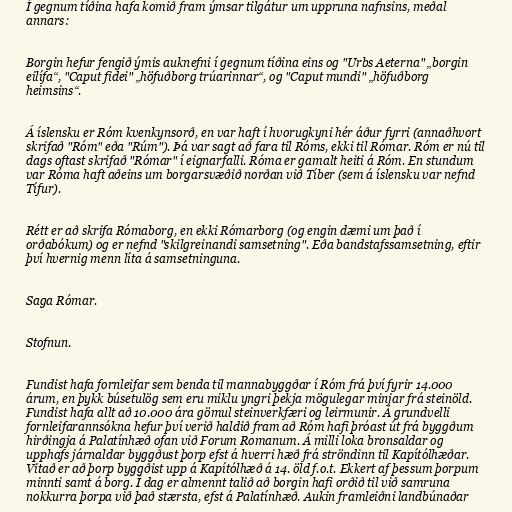
Í gegnum tíðina hafa komið fram ýmsar tilgátur um uppruna nafnsins, meðal
annars:

Borgin hefur fengið ýmis auknefni í gegnum tíðina eins og "Urbs Aeterna" „borgin
eilífa“, "Caput fidei" „höfuðborg trúarinnar“, og "Caput mundi" „höfuðborg
heimsins“.

Á íslensku er Róm kvenkynsorð, en var haft í hvorugkyni hér áður fyrri (annaðhvort
skrifað "Róm" eða "Rúm"). Þá var sagt að fara til Róms, ekki til Rómar. Róm er nú til
dags oftast skrifað "Rómar" í eignarfalli. Róma er gamalt heiti á Róm. En stundum
var Róma haft aðeins um borgarsvæðið norðan við Tíber (sem á íslensku var nefnd
Tífur).

Rétt er að skrifa Rómaborg, en ekki Rómarborg (og engin dæmi um það í
orðabókum) og er nefnd "skilgreinandi samsetning". Eða bandstafssamsetning, eftir
því hvernig menn líta á samsetninguna.

Saga Rómar.

Stofnun.

Fundist hafa fornleifar sem benda til mannabyggðar í Róm frá því fyrir 14.000
árum, en þykk búsetulög sem eru miklu yngri þekja mögulegar minjar frá steinöld.
Fundist hafa allt að 10.000 ára gömul steinverkfæri og leirmunir. Á grundvelli
fornleifarannsókna hefur því verið haldið fram að Róm hafi þróast út frá byggðum
hirðingja á Palatínhæð ofan við Forum Romanum. Á milli loka bronsaldar og
upphafs járnaldar byggðust þorp efst á hverri hæð frá ströndinn til Kapítólhæðar.
Vitað er að þorp byggðist upp á Kapítólhæð á 14. öld f.o.t. Ekkert af þessum þorpum
minnti samt á borg. Í dag er almennt talið að borgin hafi orðið til við samruna
nokkurra þorpa við það stærsta, efst á Palatínhæð. Aukin framleiðni landbúnaðar